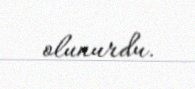
olunurdu.